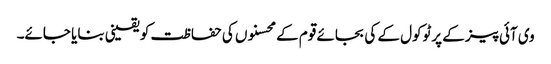
وی آئی پیز کے پرٹوکول کے کی بجائے قوم کے محسنوں کی حفاظت کو یقینی بنایا جائے۔